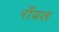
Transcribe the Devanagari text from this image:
राँयल